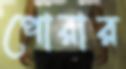
পোরার